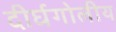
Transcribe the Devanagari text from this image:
दीर्घगोलीय